Annual report of the Imperial Bacteriologist
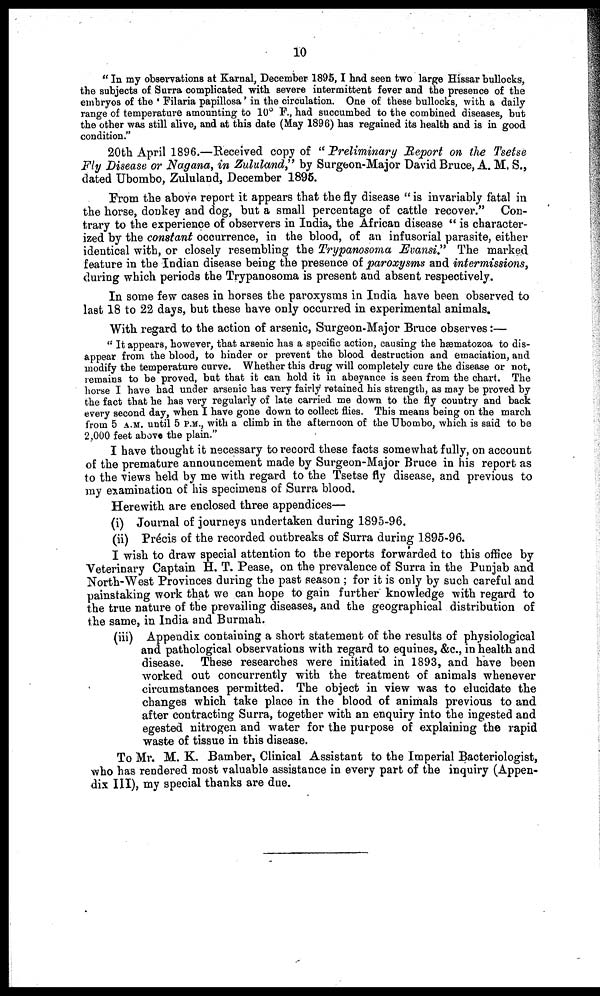
10
" In my observations at Karnal, December 1895,I had seen two large Hissar bullocks,
the subjects of Surra complicated with severe intermittent fever and the presence of the
embryos of the ' Filaria papillosa' in the circulation. One of these bullocks, with a daily
range of temperature amounting to 10° F., had succumbed to the combined diseases, but
the other was still alive, and at this date (May 1896) has regained its health and is in good
condition."
20th April 1896.—Received copy of "Preliminary Report on the Tsetse
Fly Disease or Nagana, in Zululand," by Surgeon-Major David Bruce, A. M. S.,
dated Ubombo, Zululand, December 1895.
From the above report it appears that the fly disease " is invariably fatal in
the horse, donkey and dog, but a small percentage of cattle recover." Con-
trary to the experience of observers in India, the African disease " is character-
ized by the constant occurrence, in the blood, of an infusorial parasite, either
identical with, or closely resembling the Trypanosoma Evansi." The marked
feature in the Indian disease being the presence of paroxysms and intermissions,
during which periods the Trypanosoma is present and absent respectively.
In some few cases in horses the paroxysms in India have been observed to
last 18 to 22 days, but these have only occurred in experimental animals.
With regard to the action of arsenic, Surgeon-Major Bruce observes :—
" It appears, however, that arsenic has a specific action, causing the hæmatozoa to dis-
appear from the blood, to hinder or prevent the blood destruction and emaciation, and
modify the temperature curve. Whether this drug will completely cure the disease or not,
remains to be proved, but that it can hold it in abeyance is seen from the chart. The
horse I have had under arsenic has very fairly retained his strength, as may be proved by
the fact that he has very regularly of late carried me down to the fly country and back
every second day, when I have gone down to collect flies. This means being on the march
from 5 A.M. until 5 P.M., with a climb in the afternoon of the Ubombo, which is said to be
2,000 feet above the plain."
I have thought it necessary to record these facts somewhat fully, on account
of the premature announcement made by Surgeon-Major Bruce in his report as
to the views held by me with regard to the Tsetse fly disease, and previous to
my examination of his specimens of Surra blood.
Herewith are enclosed three appendices—
(i) Journal of journeys undertaken during 1895-96.
(ii) Précis of the recorded outbreaks of Surra during 1895-96.
I wish to draw special attention to the reports forwarded to this office by
Veterinary Captain H. T. Pease, on the prevalence of Surra in the Punjab and
North-West Provinces during the past season ; for it is only by such careful and
painstaking work that we can hope to gain further knowledge with regard to
the true nature of the prevailing diseases, and the geographical distribution of
the same, in India and Burmah.
(iii) Appendix containing a short statement of the results of physiological
and pathological observations with regard to equines, &c., in health and
disease. These researches were initiated in 1893, and have been
worked out concurrently with the treatment of animals whenever
circumstances permitted. The object in view was to elucidate the
changes which take place in the blood of animals previous to and
after contracting Surra, together with an enquiry into the ingested and
egested nitrogen and water for the purpose of explaining the rapid
waste of tissue in this disease.
To Mr. M. K. Bamber, Clinical Assistant to the Imperial Bacteriologist,
who has rendered most valuable assistance in every part of the inquiry (Appen-
dix III), my special thanks are due.